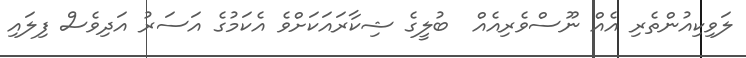
ލަވިކިއުންތެރި އެއް ނޫސްވެރިއެއް  ބުލީގެ ޝިކާރައަކަށްވެ އެކަމުގެ އަސަރު އަދިވެސް ފިލައި